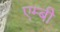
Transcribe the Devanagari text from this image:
एम्बी